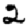
Digit: 2